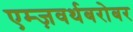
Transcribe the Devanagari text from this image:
एम्ज़वर्थबरोबर